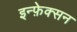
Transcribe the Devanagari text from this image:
इन्फ़ेक्सन